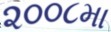
૨૦૦૮મા